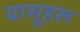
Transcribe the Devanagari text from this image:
यासूहरू